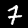
Digit: 7